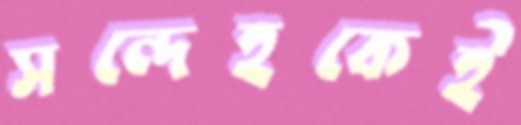
সন্দেহকেই